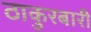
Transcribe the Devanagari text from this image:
ठाकुरबारी